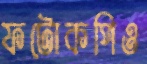
ফটোকপিও